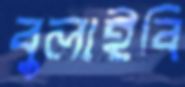
বুলাইবি